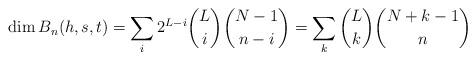
LaTeX: \begin{align*}\dim B_n (h,s,t) = \sum_i 2^{L-i} \binom{L}{i} \binom{N-1}{n-i}= \sum_k \binom{L}{k} \binom{N+k-1}{n}\end{align*}